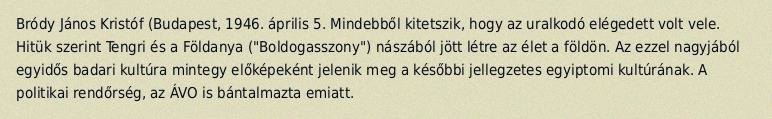
Bródy János Kristóf (Budapest, 1946. április 5. Mindebből kitetszik, hogy az uralkodó elégedett volt vele. Hitük szerint Tengri és a Földanya ("Boldogasszony") nászából jött létre az élet a földön. Az ezzel nagyjából egyidős badari kultúra mintegy előképeként jelenik meg a későbbi jellegzetes egyiptomi kultúrának. A politikai rendőrség, az ÁVO is bántalmazta emiatt.